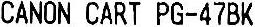
CANON CART PG-47BK